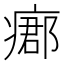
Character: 𤹓